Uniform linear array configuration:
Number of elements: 16
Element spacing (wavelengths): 0.5
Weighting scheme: hamming
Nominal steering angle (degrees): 0
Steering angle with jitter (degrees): -0.01302
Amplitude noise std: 0.05
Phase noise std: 0.05

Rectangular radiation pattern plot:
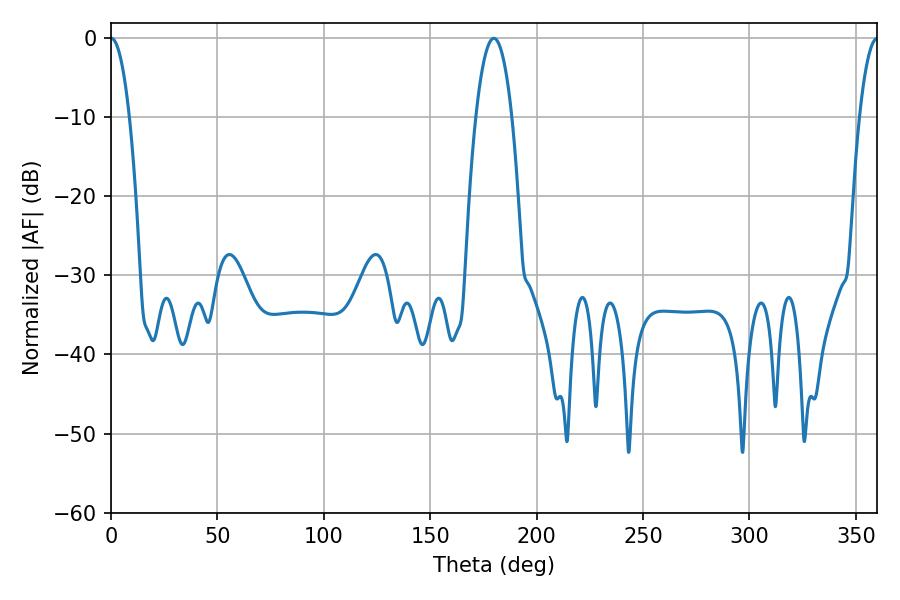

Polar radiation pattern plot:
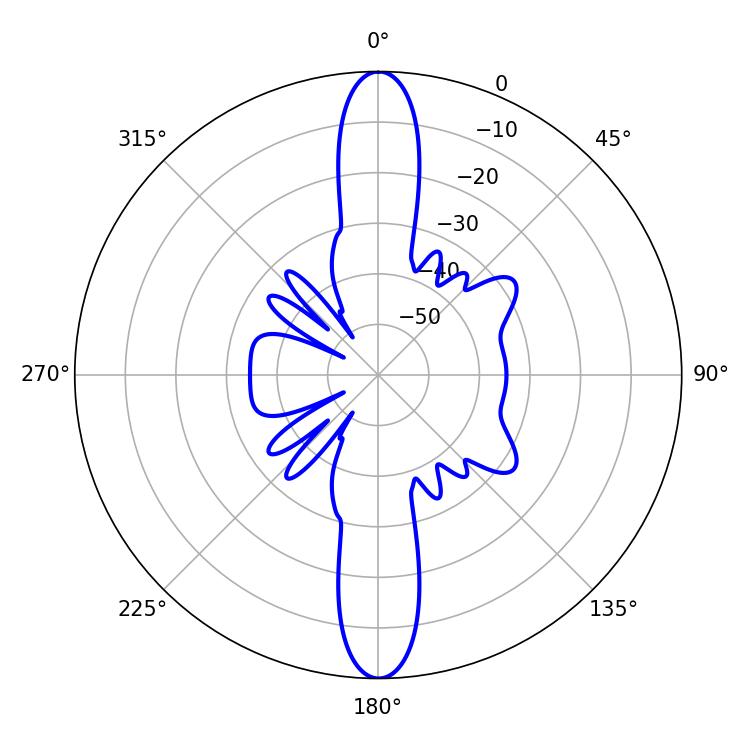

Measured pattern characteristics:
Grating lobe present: FALSE
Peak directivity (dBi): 31.526
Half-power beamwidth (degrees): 4.86
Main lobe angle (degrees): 0.18